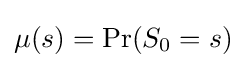
\mu (s)=\Pr(S_{0}=s)